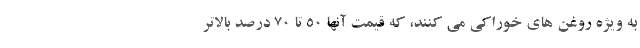
به ویژه روغن های خوراکی می کنند، که قیمت آنها 50 تا 70 درصد بالاتر